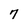
Character: 7